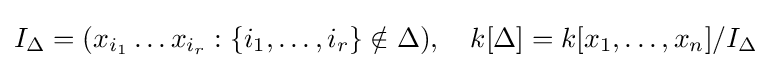
I_{\Delta }=(x_{i_{1}}\ldots x_{i_{r}}:\{i_{1},\ldots ,i_{r}\}\notin \Delta ),\quad k[\Delta ]=k[x_{1},\ldots ,x_{n}]/I_{\Delta }